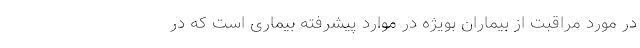
در مورد مراقبت از بیماران بویژه در موارد پیشرفته بیماری است که در